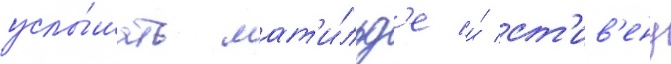
услы́шать мат'и́льд'е и́ ст'ив'ену